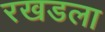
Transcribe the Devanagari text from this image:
रखडला